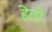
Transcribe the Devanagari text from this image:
हेतो